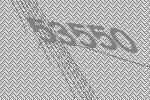
53550